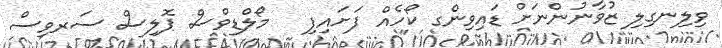
ވިލިނގިލި ޒުވާނުންނަށް ޑައިވިންގ ކޯހެއް ފަށައިފި   މޯލްޑިވްސް ޕޮލިސް ސަރވިސް